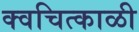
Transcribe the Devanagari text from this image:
क्वचित्काळी